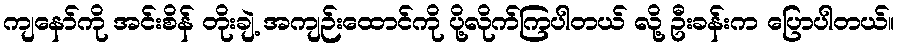
ကျနော်ကို အင်းစိန် တိုးချဲ့ အကျဉ်းထောင်ကို ပို့လိုက်ကြပါတယ် လို့ ဦးခန်းက ပြောပါတယ်။